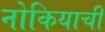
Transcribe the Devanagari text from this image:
नोकियाची